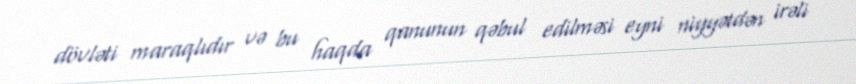
dövləti maraqlıdır və bu haqda qanunun qəbul edilməsi eyni niyyətdən irəli